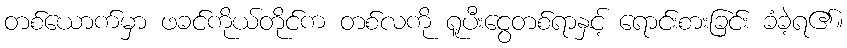
တစ်ယောက်မှာ ဖခင်ကိုယ်တိုင်က တစ်လကို ရူပီးငွေတစ်ရာနှင့် ရောင်းစားခြင်း ခံခဲ့ရ၏။